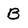
Character: B